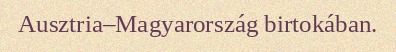
Ausztria–Magyarország birtokában.